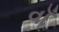
વાઁ